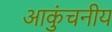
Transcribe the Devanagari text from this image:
आकुंचनीय